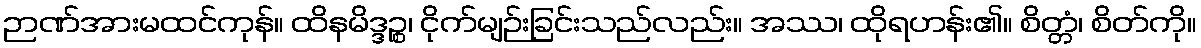
ဉာဏ်အားမထင်ကုန်။ ထိနမိဒ္ဒဉ္စ၊ ငိုက်မျဉ်းခြင်းသည်လည်း။ အဿ၊ ထိုရဟန်း၏။ စိတ္တံ၊ စိတ်ကို။